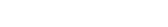
٤